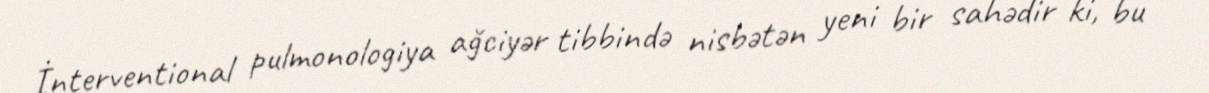
İnterventional pulmonologiya ağciyər tibbində nisbətən yeni bir sahədir ki, bu